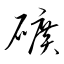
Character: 礦